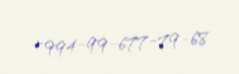
+994-99-677-79-68